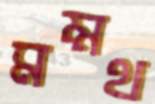
মম্মথ